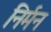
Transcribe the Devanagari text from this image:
निर्मन